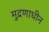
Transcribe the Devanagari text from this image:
मुद्रणाधीन